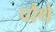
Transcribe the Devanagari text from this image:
पौथे